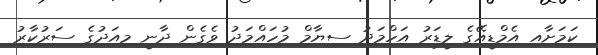
ކަމަށާއި އެމްޑީއޭގެ ލީޑަރު އަހްމަދު ސިޔާމް މުހައްމަދު ވެގެން ދާނީ މިއަދުގެ ސަރުކާރު